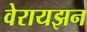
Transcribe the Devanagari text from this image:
वेरायझन